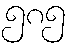
၅၈၅